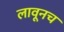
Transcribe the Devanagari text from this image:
लावूनच